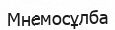
Мнемосұлба